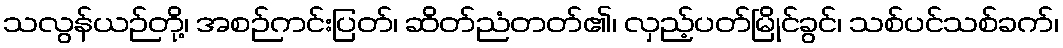
သလွန်ယဉ်တို့၊ အစဉ်ကင်းပြတ်၊ ဆိတ်ညံတတ်၏၊ လှည့်ပတ်မြိုင်ခွင်၊ သစ်ပင်သစ်ခက်၊